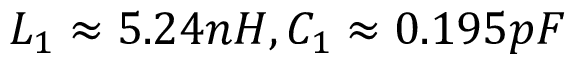
L _ { 1 } \approx 5 . 2 4 n H , C _ { 1 } \approx 0 . 1 9 5 p F